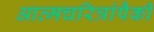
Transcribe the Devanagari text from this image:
आत्मचरित्रांपैकी